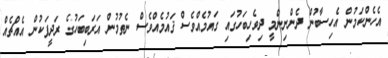
އެހެންކަމުން އެހިސާބުން ދެންނިންމީ ދިވެހިބަހުގައި ގައުމެއްވެސް ޤައުމެއްވެސް ނެތުމުން އަރަބިބަހުގެ ރަދީފަކުން އެއްޗެއް